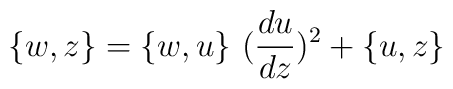
\{w,z\} = \{w,u\}~(\frac{du}{dz})^{2} + \{u,z\}